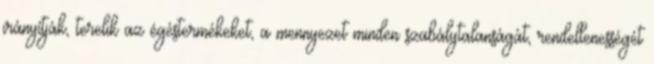
irányítják, terelik az égéstermékeket, a mennyezet minden szabálytalanságát, rendellenességét